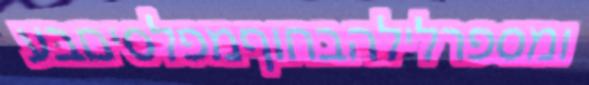
ומספרלילהבחוףמפלסיםבע